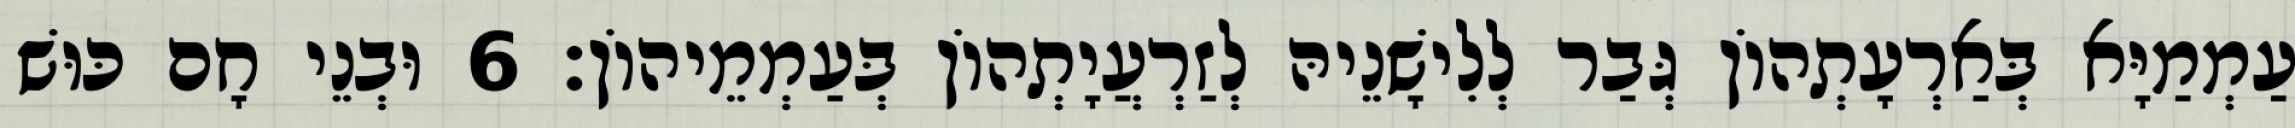
עַמְמַיָּא בְּאַרְעָתְהוֹן גְּבַר לְלִישָׁנֵיהּ לְזַרְעֲיָתְהוֹן בְּעַמְמֵיהוֹן׃ 6 וּבְנֵי חָם כּוּשׁ